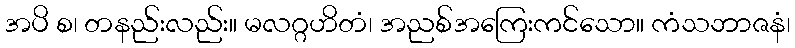
အပိ စ၊ တနည်းလည်း။ မလဂ္ဂဟိတံ၊ အညစ်အကြေးကင်သော။ ကံသဘာဇနံ၊